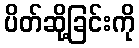
ပိတ်ဆို့ခြင်းကို